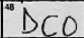
Transcription: DCO